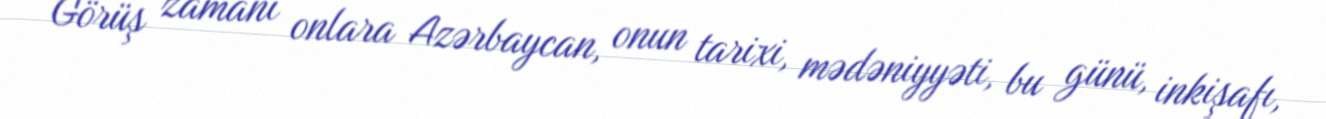
Görüş zamanı onlara Azərbaycan, onun tarixi, mədəniyyəti, bu günü, inkişafı,